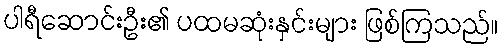
ပါရီဆောင်းဦး၏ ပထမဆုံးနှင်းများ ဖြစ်ကြသည်။